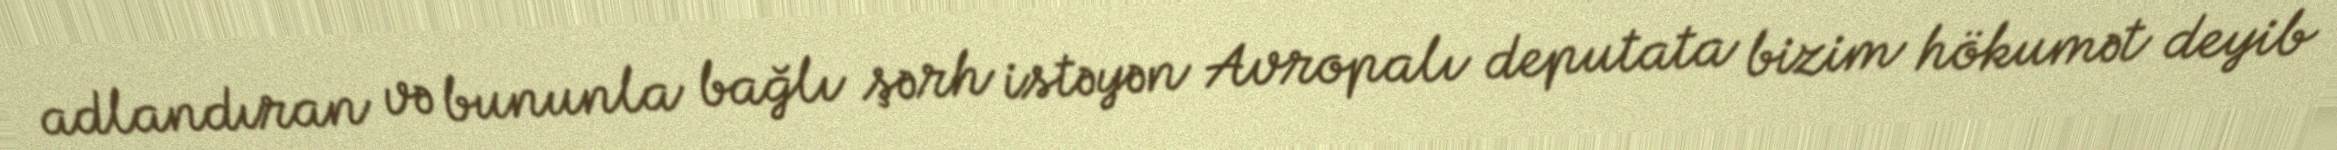
adlandıran və bununla bağlı şərh istəyən Avropalı deputata bizim hökumət deyib